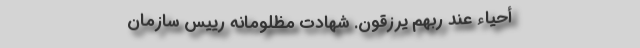
أَحْیَاءٌ عِنْدَ رَبِّهِمْ یُرْزَقُونَ. شهادت مظلومانه رییس سازمان